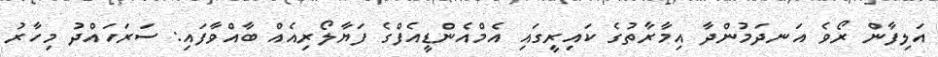
އަލިފާން ރޯވެ އަނދަމުންދާ އިމާރާތުގެ ކައިރީގައި އެމްއެންޑީއެފްގެ ފަޔާލޯރިއެއް ބާއްވާފައި: ސަރަހައްދު މިހާރު